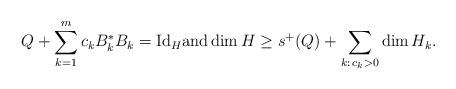
LaTeX: \begin{align*} Q+\sum_{k=1}^m c_k B_k^*B_k=\mathrm{Id}_H \mathrm{and} \dim H\ge s^+(Q)+\sum_{k:\, c_k>0} \dim H_k.\end{align*}